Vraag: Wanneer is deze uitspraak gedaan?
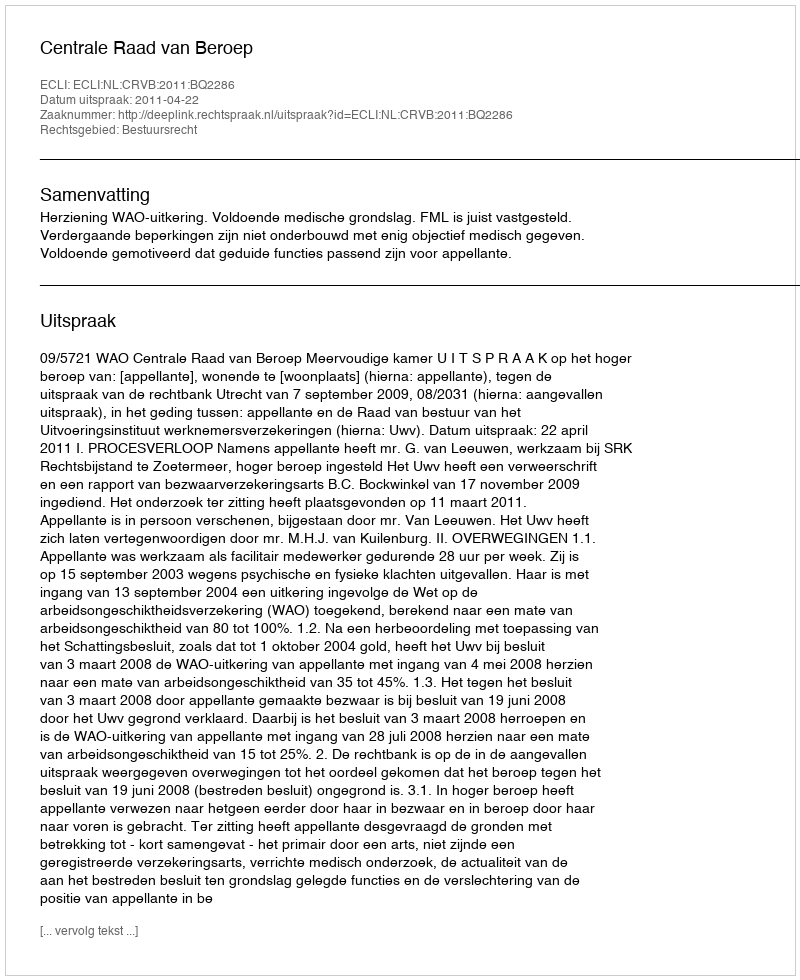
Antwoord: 2011-04-22